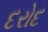
દરોદ